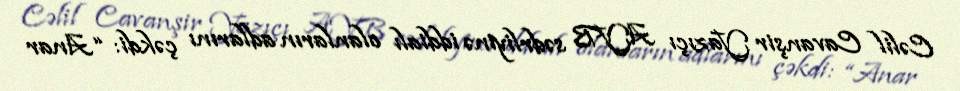
Cəlil Cavanşir Yazıçı AYB sədrliyinə iddialı olanların adlarını çəkdi: “Anar